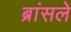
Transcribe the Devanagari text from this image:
ब्रांसले